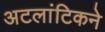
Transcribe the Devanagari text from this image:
अटलांटिकने